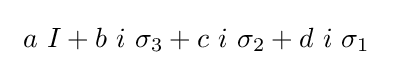
\ a\ I+b\ i\ \sigma _{3}+c\ i\ \sigma _{2}+d\ i\ \sigma _{1}\